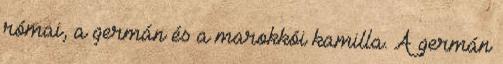
római, a germán és a marokkói kamilla. A germán